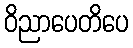
ဝိညာပေတိပေ